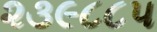
૨૩૯૮૮૫